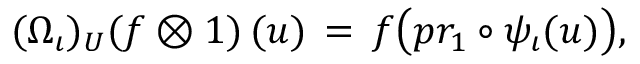
\lefteqn { ( \Omega _ { \iota } ) _ { U } ( f \otimes 1 ) \, ( u ) \, = \, f \big ( p r _ { 1 } \circ \psi _ { \iota } ( u ) \big ) , }